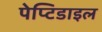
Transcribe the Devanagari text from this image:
पेप्टिडाइल